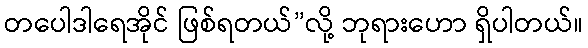
တပေါဒါရေအိုင် ဖြစ်ရတယ်”လို့ ဘုရားဟော ရှိပါတယ်။